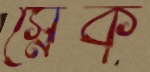
স্নেক